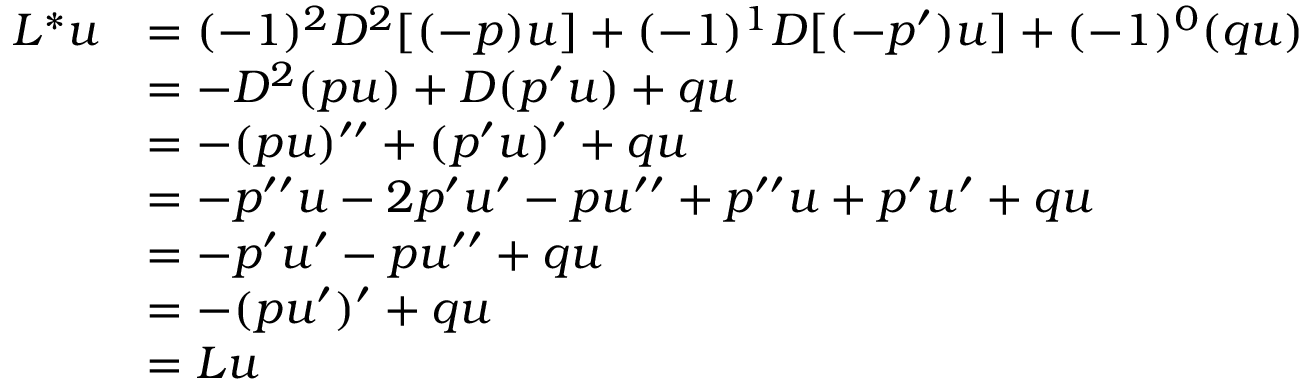
{ \begin{array} { r l } { L ^ { * } u } & { = ( - 1 ) ^ { 2 } D ^ { 2 } [ ( - p ) u ] + ( - 1 ) ^ { 1 } D [ ( - p ^ { \prime } ) u ] + ( - 1 ) ^ { 0 } ( q u ) } \\ & { = - D ^ { 2 } ( p u ) + D ( p ^ { \prime } u ) + q u } \\ & { = - ( p u ) ^ { \prime \prime } + ( p ^ { \prime } u ) ^ { \prime } + q u } \\ & { = - p ^ { \prime \prime } u - 2 p ^ { \prime } u ^ { \prime } - p u ^ { \prime \prime } + p ^ { \prime \prime } u + p ^ { \prime } u ^ { \prime } + q u } \\ & { = - p ^ { \prime } u ^ { \prime } - p u ^ { \prime \prime } + q u } \\ & { = - ( p u ^ { \prime } ) ^ { \prime } + q u } \\ & { = L u } \end{array} }